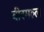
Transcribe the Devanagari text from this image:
वीरमल्ल